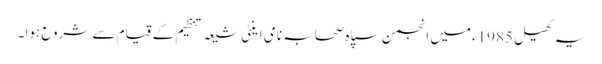
یہ کھیل 1985ءمیں انجمن سپاہ صحابہ نامی اینٹی شیعہ تنظیم کے قیام سے شروع ہوا ۔